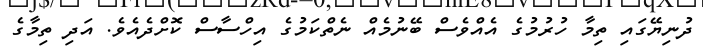
ދުނިޔޭގައި ތިމާ ހުރުމުގެ އެއްވެސް ބޭނުމެއް ނެތްކަމުގެ އިހްސާސް ކޮށްދެއެވެ. އަދި ތިމާގެ